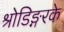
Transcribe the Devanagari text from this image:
श्रोडिङ्गरके